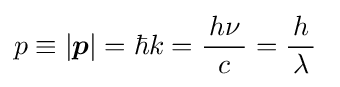
p\equiv \left|{\boldsymbol {p}}\right|=\hbar k={\frac {\,h\nu \,}{c}}={\frac {\,h\,}{\lambda }}~